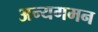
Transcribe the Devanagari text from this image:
अन्यगमन